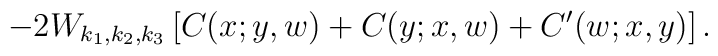
-2 W_{k_1,k_2,k_3} \left[ C(x;y,w)+C(y;x,w)+C'(w;x,y)\right].